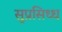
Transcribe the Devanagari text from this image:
सुप्रसिध्ध